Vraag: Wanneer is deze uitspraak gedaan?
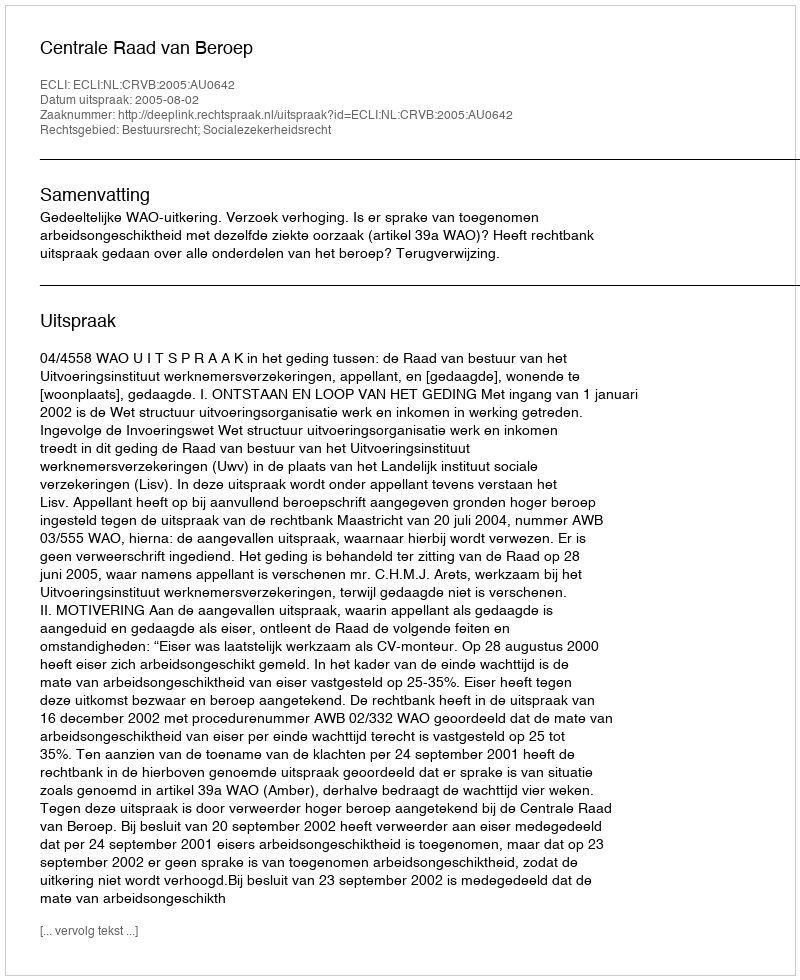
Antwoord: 2005-08-02